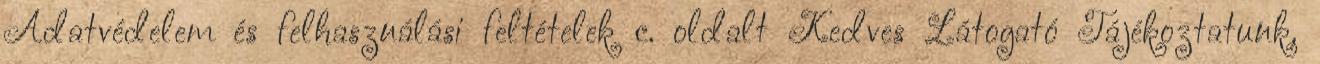
Adatvédelem és felhasználási feltételek c. oldalt Kedves Látogató Tájékoztatunk,